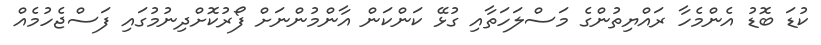
ކުޑަ ބޮޑު އެންމެހާ ރައްޔިތުންގެ މަސްލަހަތާއި ގުޅޭ ކަންކަން އާންމުންނަށް ފޯރުކޮށްދިނުމުގައި ފަސްޖެހުމެއް